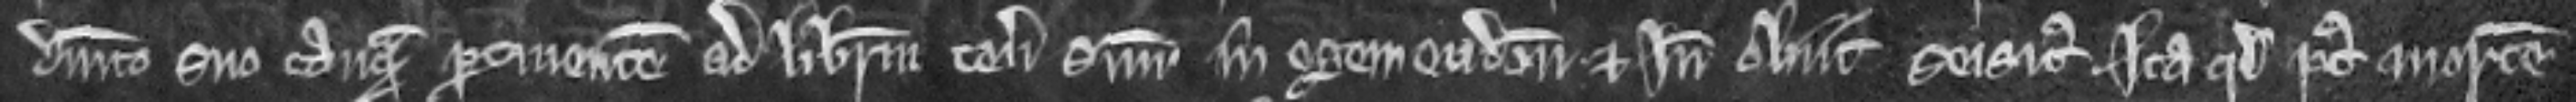
dominico suo tanquam pertinentem ad liberum tenementum suum in Egemendon et inde obiit seisitus ita quod post mortem